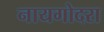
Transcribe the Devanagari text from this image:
नायगोदरा